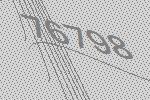
76798